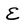
Character: E